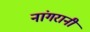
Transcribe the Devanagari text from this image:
नांगरानी